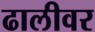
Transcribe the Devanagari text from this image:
ढालीवर